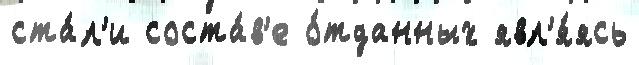
ста́л'и соста́в'е о́тданных явл'я́ясь